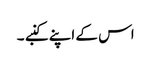
اس کے اپنے کنبے ۔